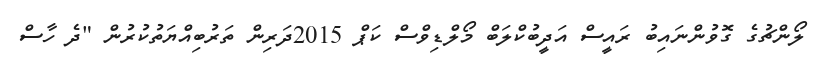
ލޯންޗުގެ ގޮވުންނައިބު ރައީސް އަދީބުކްލަބް މޯލްޑިވްސް ކަޕް 2015ދަރިން ތަރުބިއްޔަތުކުރުން "ދެ ހާސް